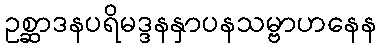
ဥစ္ဆာဒနပရိမဒ္ဒနနှာပနသမ္ဗာဟနေန